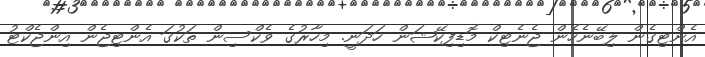
އެންޓިގެން ލިބޭނެހެން ޖެނެޓިކް މޮޑިފިކޭޝަން ހަދަނީ. މިހާރުގެ ވެކްސިން ތަކުގަ އެންޓިޖެން އިންޖެކްޓު